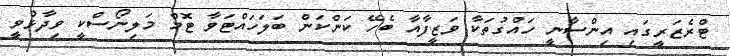
ޓްރެޒަރީގައި އިންސާނީ ހައްގުތަކާ ވަޒީފާއާ ބެހޭ ކަންކަން ބަލަހައްޓަވާ ޓޮމް މަލިނޯސްކީ ވިދާޅުވީ